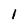
Character: 1